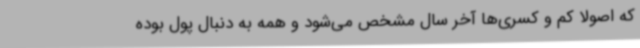
که اصولاً کم و کسری‌ها آخر سال مشخص می‌شود و همه به دنبال پول بوده